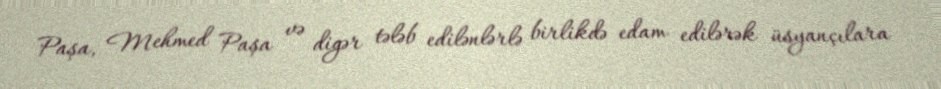
Paşa, Mehmed Paşa və digər tələb edilənlərlə birlikdə edam edilərək üsyançılara